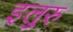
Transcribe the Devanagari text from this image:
इलुरु